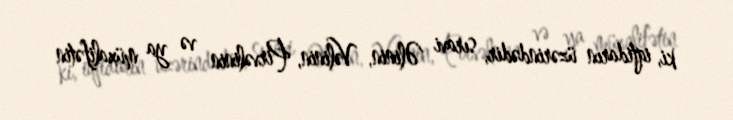
ki, iqtidarın üzərindədir, sıravi Əlinin, Vəlinin, Pirvəlinin və ya müxalifətin